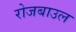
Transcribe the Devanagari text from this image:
रोजबाउल